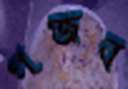
গজব